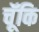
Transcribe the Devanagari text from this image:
चॅूकि